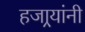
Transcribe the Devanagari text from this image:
हजार्‍यांनी